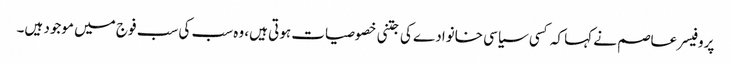
پروفیسر عاصم نے کہا کہ کسی سیاسی خانوادے کی جتنی خصوصیات ہوتی ہیں، وہ سب کی سب فوج میں موجود ہیں۔